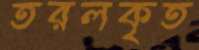
তরলকৃত